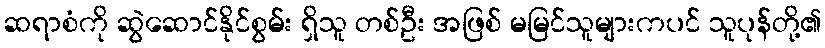
ဆရာစံကို ဆွဲဆောင်နိုင်စွမ်း ရှိသူ တစ်ဦး အဖြစ် မမြင်သူများကပင် သူပုန်တို့၏